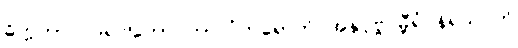
ဓိက္ကတာ ဥဒရဝါတော ကာလံကရောတိ အနုပုဗ္ဗဂမ္ဘီရံ နိရယဂတိ